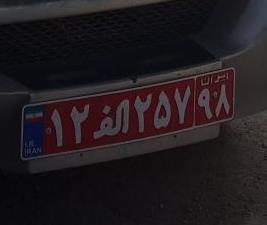
۱۲ا۲۵۷۹۸